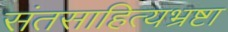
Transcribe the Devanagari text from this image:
संतसाहित्यभ्रष्टा